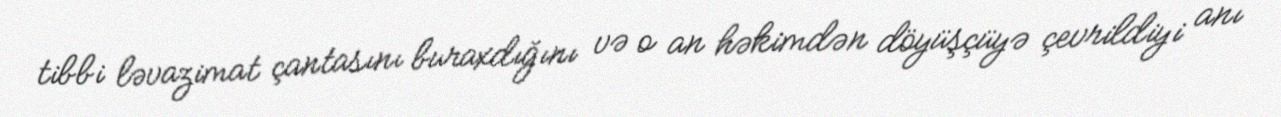
tibbi ləvazimat çantasını buraxdığını və o an həkimdən döyüşçüyə çevrildiyi anı